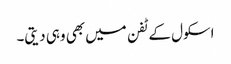
اسکول کے ٹفن میں بھی وہی دیتی۔